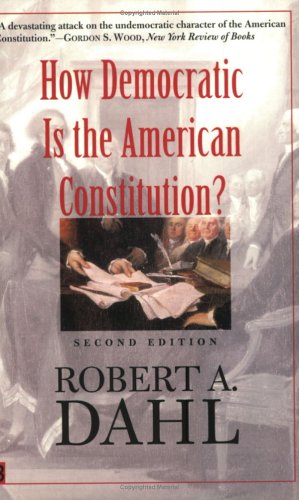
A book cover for How Democratic is the American Constitution? Second Edition; Robert A. Dahl; Law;